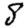
Digit: 8